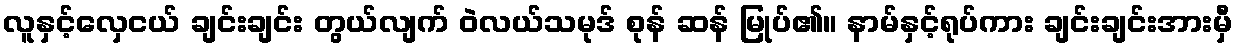
လူနှင့်လှေငယ် ချင်းချင်း တွယ်လျက် ဝဲလယ်သမုဒ် စုန် ဆန် မြုပ်၏။ နာမ်နှင့်ရုပ်ကား ချင်းချင်းအားမှီ